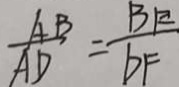
\frac { A B } { A D } = \frac { B E } { D F }